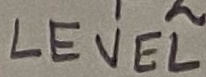
Text: LEVEL